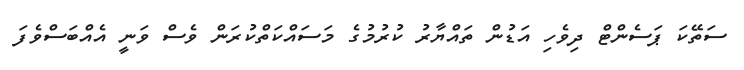
ސަތޭކަ ޕަސެންޓް ދިވެހި އަޑުން ތައްޔާރު ކުރުމުގެ މަސައްކަތްކުރަން ވެސް ވަނީ އެއްބަސްވެފަަ